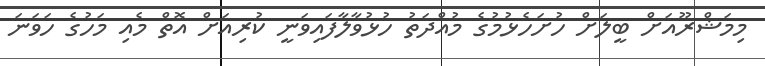
މިމަޝްރޫއަށް ބީލަށް ހުށަހެޅުމުގެ މުއްދަތު ހުޅުވާލާފައިވަނީ ކުރިއަށް އޮތް މެއި މަހުގެ ހަވަނަ